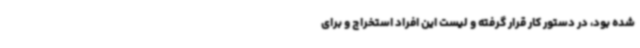
شده بود، در دستور کار قرار گرفته و لیست این افراد استخراج و برای